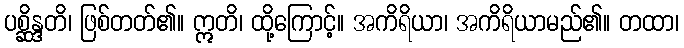
ပစ္ဆိန္ဒတိ၊ ဖြစ်တတ်၏။ ဣတိ၊ ထို့ကြောင့်။ အကိရိယာ၊ အကိရိယာမည်၏။ တထာ၊